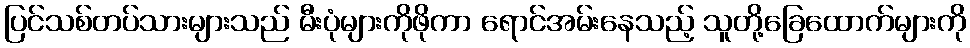
ပြင်သစ်တပ်သားများသည် မီးပုံများကိုဖိုကာ ရောင်အမ်းနေသည့် သူတို့ခြေထောက်များကို